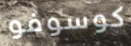
كوسوفو